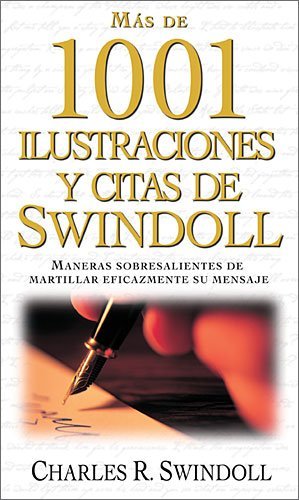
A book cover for MÃ¡s de 1001 ilustraciones y citas de Swindoll: Maneras sobresalientes de martillar eficazmente su mensaje (Spanish Edition); Charles R. Swindoll; Christian Books & Bibles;